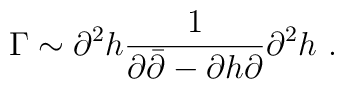
\Gamma \sim \partial ^2 h\frac{1}{\partial \bar\partial -\partial h\partial }\partial ^2h\ .